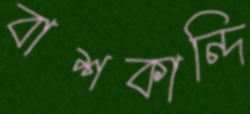
বাশকান্দি